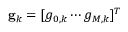
\mathbf { g } _ { k } = [ g _ { 0 , k } \cdots g _ { M , k } ] ^ { T }